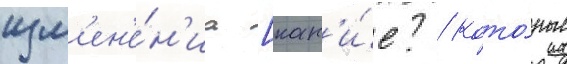
изм'ен'е́н'иа [как'и́е? / кото́рые